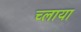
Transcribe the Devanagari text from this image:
च्लाया